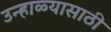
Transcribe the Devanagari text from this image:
उन्हाळ्यासाठी